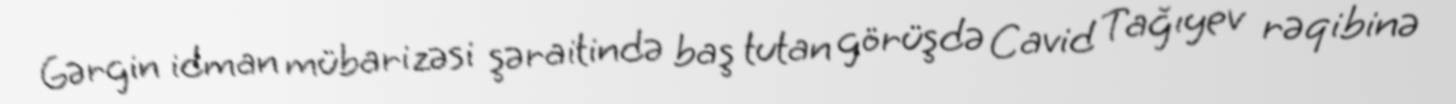
Gərgin idman mübarizəsi şəraitində baş tutan görüşdə Cavid Tağıyev rəqibinə